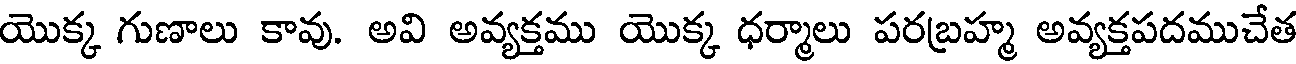
యొక్క గుణాలు కావు. అవి అవ్యక్తము యొక్క ధర్మాలు పరబ్రహ్మ అవ్యక్తపదముచేత